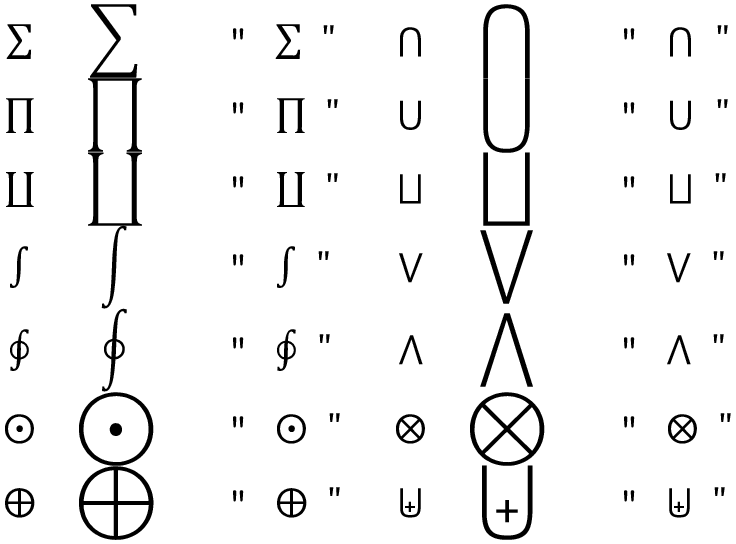
\begin{array} { c c l c c l } { \sum } & { \displaystyle \sum } & { \mathrm { ~ \verb ~ " ~ \sum ~ " ~ } } & { \bigcap } & { \displaystyle \bigcap } & { \mathrm { ~ \verb ~ " ~ \bigcap ~ " ~ } } \\ { \prod } & { \displaystyle \prod } & { \mathrm { ~ \verb ~ " ~ \prod ~ " ~ } } & { \bigcup } & { \displaystyle \bigcup } & { \mathrm { ~ \verb ~ " ~ \bigcup ~ " ~ } } \\ { \coprod } & { \displaystyle \coprod } & { \mathrm { ~ \verb ~ " ~ \coprod ~ " ~ } } & { \bigsqcup } & { \displaystyle \bigsqcup } & { \mathrm { ~ \verb ~ " ~ \bigsqcup ~ " ~ } } \\ { \int } & { \displaystyle \int } & { \mathrm { ~ \verb ~ " ~ \int ~ " ~ } } & { \bigvee } & { \displaystyle \bigvee } & { \mathrm { ~ \verb ~ " ~ \bigvee ~ " ~ } } \\ { \oint } & { \displaystyle \oint } & { \mathrm { ~ \verb ~ " ~ \oint ~ " ~ } } & { \bigwedge } & { \displaystyle \bigwedge } & { \mathrm { ~ \verb ~ " ~ \bigwedge ~ " ~ } } \\ { \bigodot } & { \displaystyle \bigodot } & { \mathrm { ~ \verb ~ " ~ \bigodot ~ " ~ } } & { \bigotimes } & { \displaystyle \bigotimes } & { \mathrm { ~ \verb ~ " ~ \bigotimes ~ " ~ } } \\ { \bigoplus } & { \displaystyle \bigoplus } & { \mathrm { ~ \verb ~ " ~ \bigoplus ~ " ~ } } & { \biguplus } & { \displaystyle \biguplus } & { \mathrm { ~ \verb ~ " ~ \biguplus ~ " ~ } } \end{array}